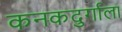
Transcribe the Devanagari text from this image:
कनकदुर्गाला